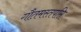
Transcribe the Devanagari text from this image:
गौतमस्तपसि